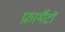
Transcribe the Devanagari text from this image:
फ़ार्मैटों